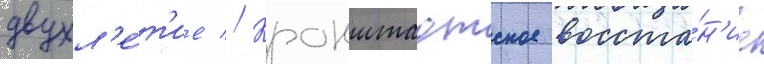
двухл'е́т'ие // Кронштадтское восста́н'ие